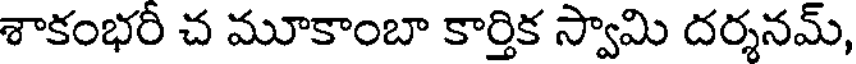
శాకంభరీ చ మూకాంబా కార్తిక స్వామి దర్శనమ్,